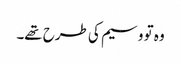
وہ تو وسیم کی طرح تھے۔